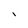
Character: l